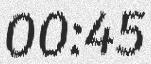
00:45